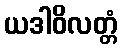
ယဒါဝိလတ္တံ